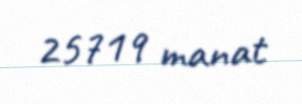
25719 manat